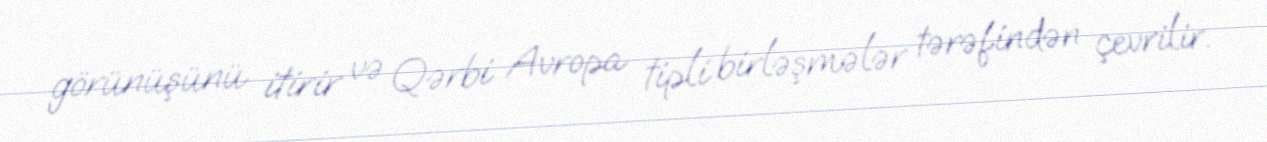
görünüşünü itirir və Qərbi Avropa tipli birləşmələr tərəfindən çevrilir.